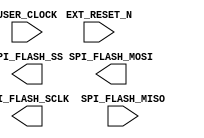
module MB_SPI
	(
	EXT_RESET_N,
	USER_CLOCK,
	SPI_FLASH_SS,
	SPI_FLASH_MOSI,
	SPI_FLASH_SCLK,
	SPI_FLASH_MISO
	);
input  EXT_RESET_N;
input  USER_CLOCK;
output [9:0] SPI_FLASH_SS;
output  SPI_FLASH_MOSI;
output  SPI_FLASH_SCLK;
input  SPI_FLASH_MISO;

endmodule